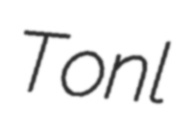
Tonl